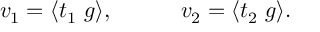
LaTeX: v _ { 1 } = \langle t _ { 1 } ~ g \rangle , ~ ~ ~ ~ ~ ~ ~ ~ ~ v _ { 2 } = \langle t _ { 2 } ~ g \rangle .